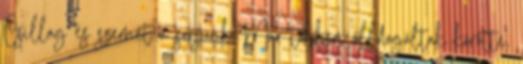
Csillag és szemét a sorsunk. Már többen álldogáltak körötte,